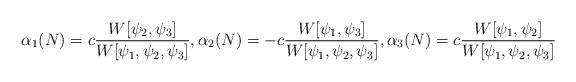
LaTeX: \begin{align*}\alpha_1(N)=c\frac{W[\psi_2,\psi_3] }{W[\psi_1,\psi_2,\psi_3]},\alpha_2(N)=-c\frac{W[\psi_1,\psi_3] }{W[\psi_1,\psi_2,\psi_3]},\alpha_3(N)=c\frac{W[\psi_1,\psi_2] }{W[\psi_1,\psi_2,\psi_3]}\end{align*}